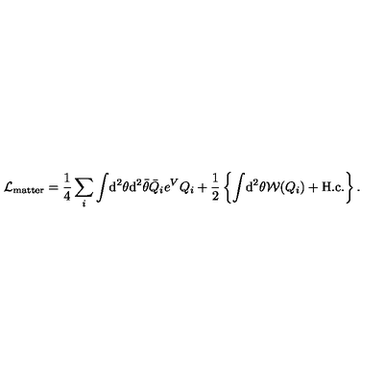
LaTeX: { \cal L } _ { \mathrm { m a t t e r } } = \frac { 1 } { 4 } \sum _ { i } \int \! \mathrm { d } ^ { 2 } \theta \mathrm { d } ^ { 2 } \bar { \theta } \bar { Q } _ { i } e ^ { V } Q _ { i } + \frac { 1 } { 2 } \left\{ \int \! \mathrm { d } ^ { 2 } \theta { \cal W } ( Q _ { i } ) + \mathrm { H . c . } \right\} .